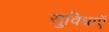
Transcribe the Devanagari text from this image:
सुविधाऍं